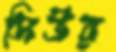
সিউর